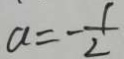
a = - \frac { 1 } { 2 }